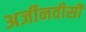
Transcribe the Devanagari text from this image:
अर्जीनवीसी